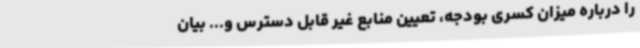
را درباره میزان کسری بودجه، تعیین منابع غیر قابل دسترس و... بیان